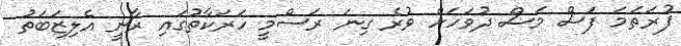
ފުރަތަމަ ފަސް މަސް ދުވަހަށް ވުރެ ގިނަ ރަސްމީ ހަރަކާތުގައި ރާނީ އެލިޒަބަތު